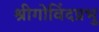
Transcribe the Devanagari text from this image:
श्रीगोविंदप्रभु